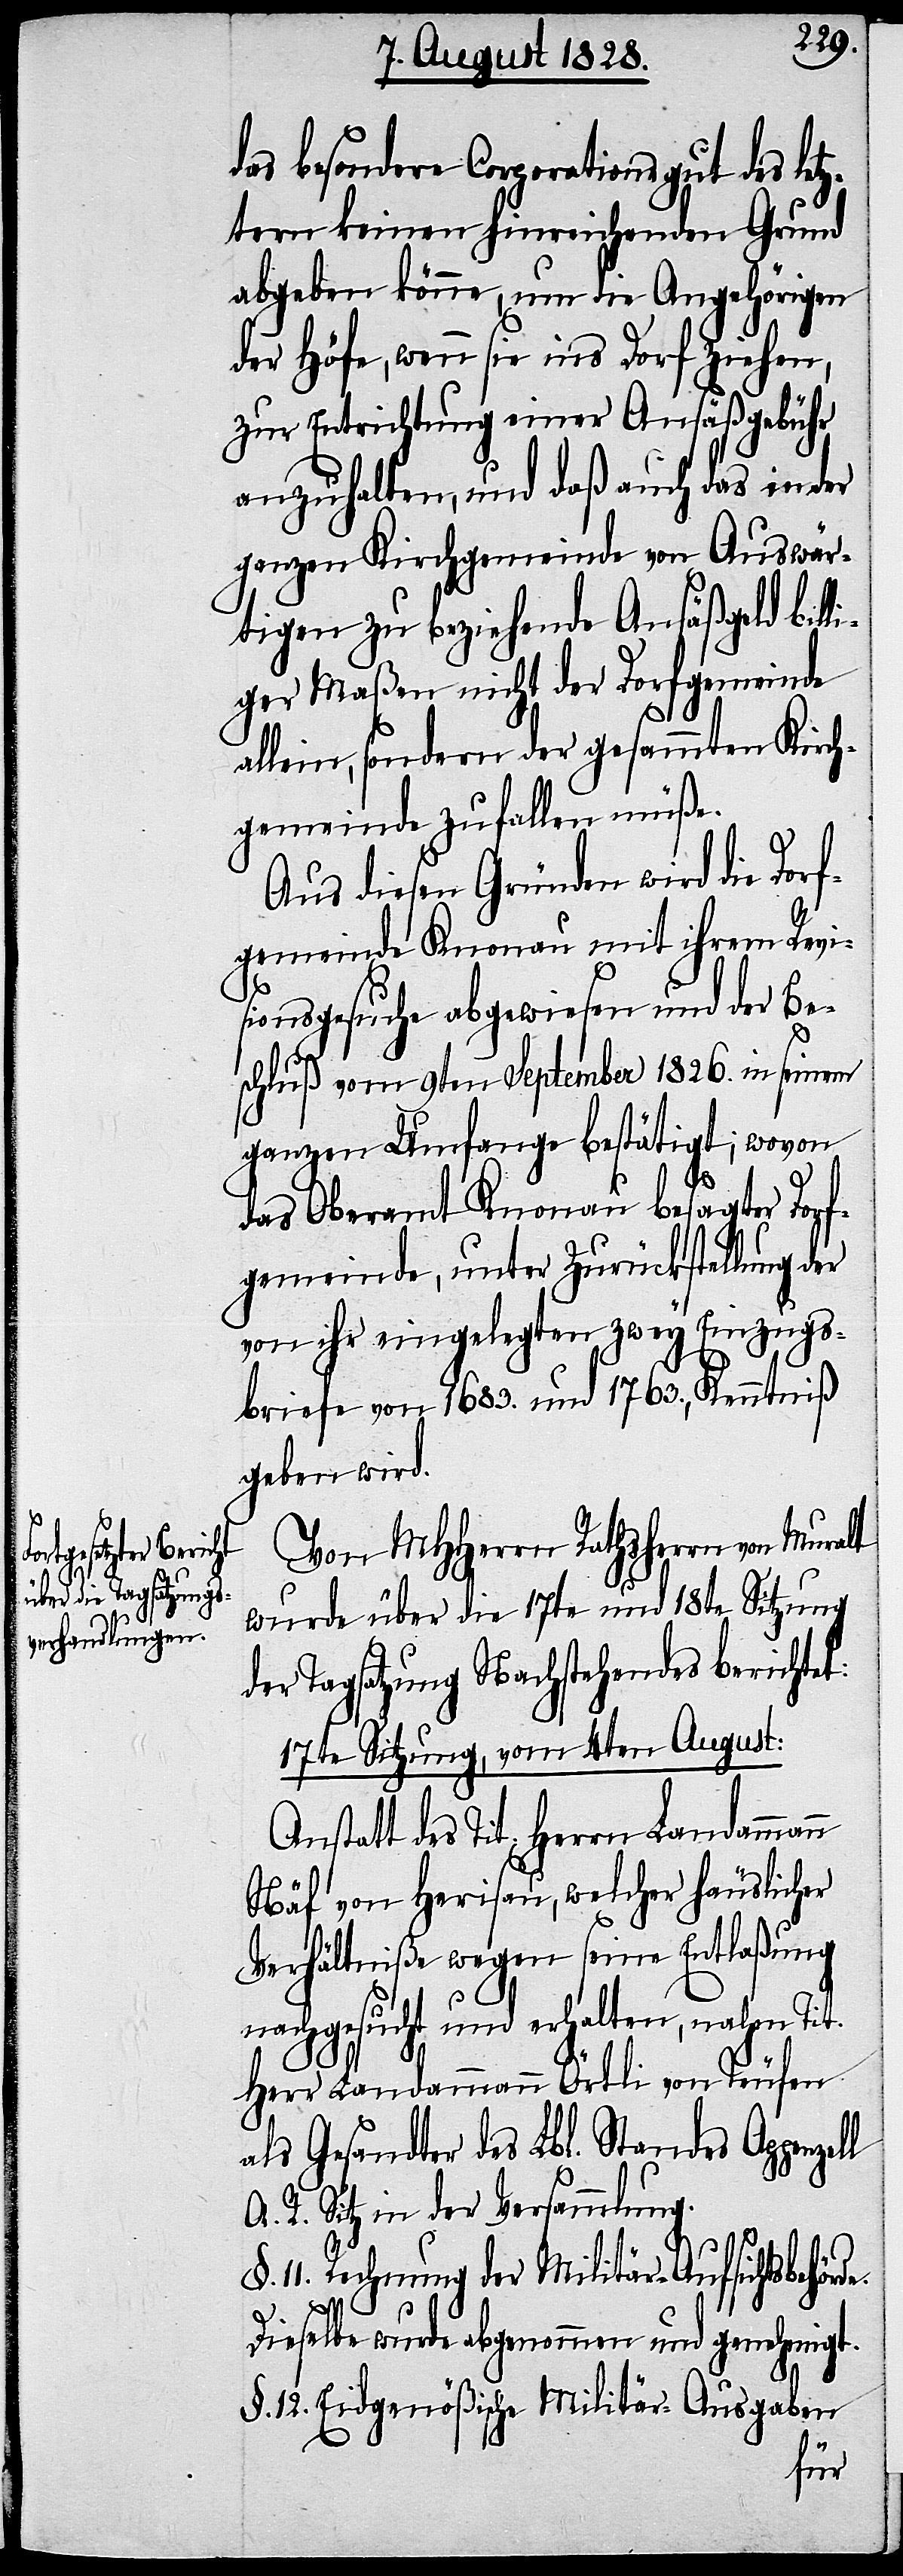
l

das besondere Corporationsgut des let¬
ztern keinen hinreichenden Grund
abgeben könne, um die Angehörigen
der Höfe, wenn sie ins Dorf ziehen,
zur Entrichtung einer Ansäßgebühr
anzuhalten, und daß auch das in der
ganzen Kirchgemeinde von Auswär¬
tigen zu beziehende Ansäßgeld bill¬
iger Maßen nicht der Dorfgemeinde
allein, sondern der gesammten Kirch¬
gemeinde zufallen müße.
Aus diesen Gründen wird die Dorf¬
gemeinde Knonau mit ihrem Revi¬
sionsgesuche abgewiesen und der Be¬
schluß vom 9ten September 1826. in seinem
ganzen Umfange bestätigt; wovon
ge¬
das Oberamt Knonau besagter Dorf¬
gemeinde, unter Zurückstellung der
von ihr eingelegten zwey Einzugs¬
briefe von 1683. und 1763., Kenntniß
geben wird.
Von MHHerrn Rathsherrn von Muralt
wurde über die 17te und 18te Sitzung
der Tagsatzung Nachstehendes berichtet:
17te Sitzung, vom 4ten August:
Anstatt des Tit. Herrn Landammann
Näf von Herisau, welcher häuslicher
Verhältniße wegen seine Entlaßung
nachgesucht und erhalten, nahm Tit.
Herr Landammann Örtli von Teufen
als Gesandter des Lbl. Standes Appenzel¬
A. R. Sitz in der Versammlung.
11. Rechnung der Militär-Aufsichtsbehörde.
Dieselbe wurde abgenommen und genehmigt.
§. 12. Eidgenößische Militär-Ausgaben